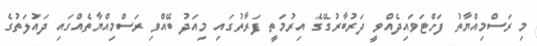
މި ރަސްމިއްޔާތު ފަށްޓަވައިދެއްވީ ދަރުބާރުގޭގެ އިރުމަތީ ފަރާތުގައި މިއަދު ބޭއްވި ރަސްމިއްޔާތެއްގައި ދައުލަތުގެ